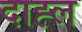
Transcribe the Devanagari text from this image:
दाह्ल